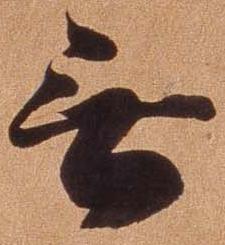
無